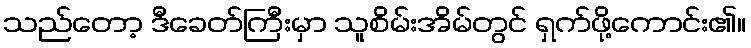
သည်တော့ ဒီခေတ်ကြီးမှာ သူစိမ်းအိမ်တွင် ရှက်ဖို့ကောင်း၏။